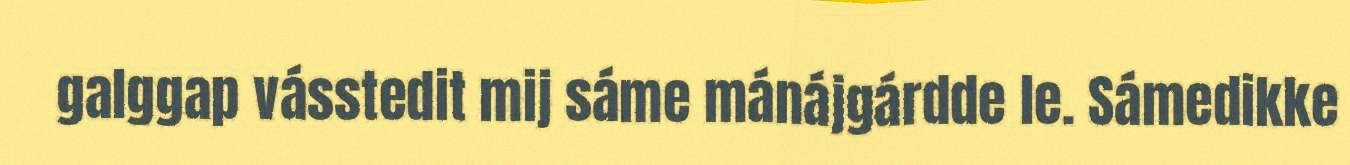
galggap vásstedit mij sáme mánájgárdde le. Sámedikke